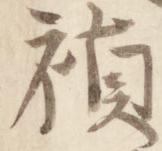
禎